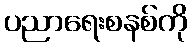
ပညာရေးစနစ်ကို